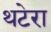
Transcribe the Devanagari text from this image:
थटेरा